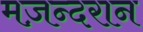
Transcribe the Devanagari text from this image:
मज़न्दरान